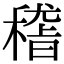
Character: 𥡴